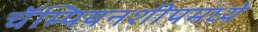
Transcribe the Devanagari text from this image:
चॅम्पियनशीपमध्ये